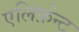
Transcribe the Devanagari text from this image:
एलिफ़ेन्ट